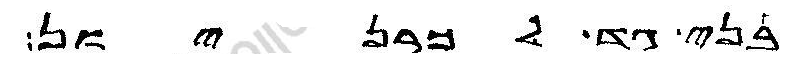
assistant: בני גד לכרניון